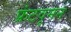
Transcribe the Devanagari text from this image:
फ्रंटवूमन